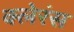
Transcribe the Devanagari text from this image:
क्लेरंस